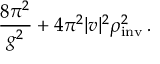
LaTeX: \frac { 8 \pi ^ { 2 } } { g ^ { 2 } } + 4 \pi ^ { 2 } | v | ^ { 2 } \rho _ { \mathrm { i n v } } ^ { 2 } \, .